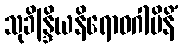
သုခိန္ဒြိယနိရောဓဂါမိနိံ